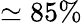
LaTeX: \simeq 85\%